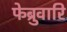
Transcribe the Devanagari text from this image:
फेब्रुवारि